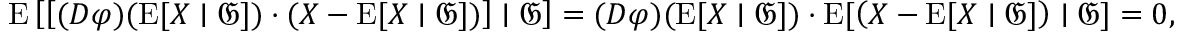
\operatorname { E } \left[ \left[ ( D \varphi ) ( \operatorname { E } [ X \mid { \mathfrak { G } } ] ) \cdot ( X - \operatorname { E } [ X \mid { \mathfrak { G } } ] ) \right] \mid { \mathfrak { G } } \right] = ( D \varphi ) ( \operatorname { E } [ X \mid { \mathfrak { G } } ] ) \cdot \operatorname { E } [ \left( X - \operatorname { E } [ X \mid { \mathfrak { G } } ] \right) \mid { \mathfrak { G } } ] = 0 ,